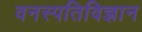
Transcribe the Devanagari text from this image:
वनस्‍पतिविज्ञान